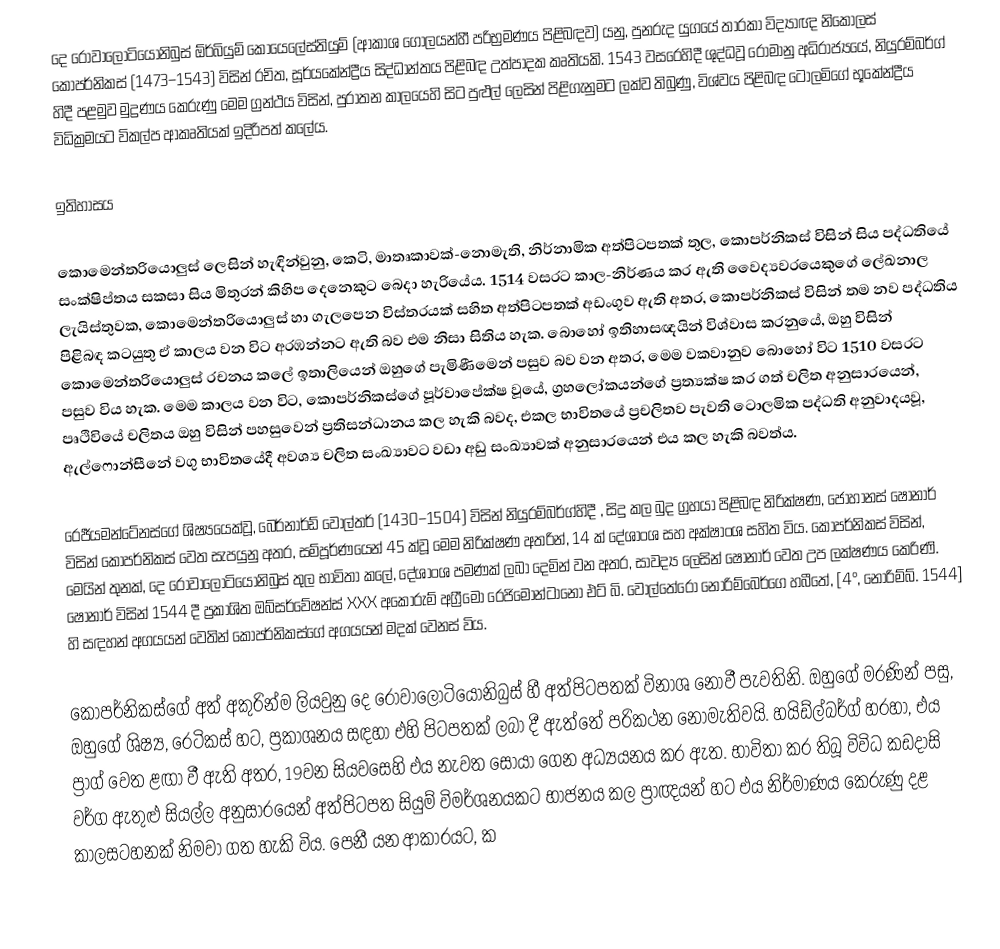
දෙ රොවාලොටියොනිබුස් ඕර්බියුම් කොයෙලේස්තියුම් (ආකාශ ගෝලයන්හී පරිභ්‍රමණය පිළිබඳව) යනු,  පුනරුද යුගයේ තාරකා විද්‍යාඥ නිකොලස් කොපර්නිකස් (1473–1543) විසින් රචිත, සූර්යකේන්ද්‍රීය සිද්ධාන්තය පිළිබඳ  උත්පාදක කෘතියකි. 1543 වසරෙහිදී ශුද්ධවූ රෝමානු  අධිරාජ්‍යයේ, නියුරම්බර්ග් හිදී  පළමුව මුද්‍රණය කෙරුණු මෙම ග්‍රන්ථය විසින්, පුරාතන කාලයෙහි සිට පුළුල් ලෙසින් පිළිගැනුමට ලක්ව තිබුණු, විශ්වය පිළිබඳ  ටොලමිගේ  භූකේන්ද්‍රීය විධික්‍රමයට විකල්ප ආකෘතියක් ඉදිරිපත් කලේය.

ඉතිහාසය

කොමෙන්තරියොලුස් ලෙසින් හැඳින්වුනු, කෙටි, මාතෘකාවක්-නොමැති, නිර්නාමික  අත්පිටපතක් තුල, කොපර්නිකස් විසින් සිය පද්ධතියේ සංක්ෂිප්තය සකසා සිය මිතුරන් කිහිප දෙනෙකුට බෙදා හැරියේය. 1514 වසරට කාල-නිර්ණය කර ඇති  වෛද්‍යවරයෙකුගේ ලේඛනාල ලැයිස්තුවක,  කොමෙන්තරියොලුස් හා ගැලපෙන විස්තරයක් සහිත අත්පිටපතක් අඩංගුව ඇති අතර, කොපර්නිකස් විසින් තම නව පද්ධතිය පිළිබඳ කටයුතු ඒ කාලය වන විට අරඹන්නට ඇති බව එම නිසා සිතිය හැක. බොහෝ ඉතිහාසඥයින් විශ්වාස කරනුයේ, ඔහු විසින්  කොමෙන්තරියොලුස්  රචනය කලේ ඉතාලියෙන් ඔහුගේ පැමිණීමෙන් පසුව බව වන අතර, මෙම වකවානුව බොහෝ විට  1510 වසරට පසුව විය හැක. මෙම කාලය වන විට, කොපර්නිකස්ගේ පූර්වාපේක්ෂ වූයේ,  ග්‍රහලෝකයන්ගේ  ප්‍රත්‍යක්ෂ කර ගත් චලිත අනුසාරයෙන්,  පෘථිවියේ චලිතය ඔහු විසින් පහසුවෙන් ප්‍රතිසන්ධානය කල හැකි බවද,  එකල භාවිතයේ ප්‍රචලිතව පැවති ටොලමික පද්ධති අනුවාදයවූ, ඇල්ෆොන්සීනේ වගු භාවිතයේදී අවශ්‍ය චලිත සංඛ්‍යාවට වඩා අඩු සංඛ්‍යාවක් අනුසාරයෙන් එය කල හැකි බවත්ය.

 රෙජීයමන්ටේනස්ගේ ශිෂ්‍යයෙක්වූ, බෙර්නාර්ඩ් වෝල්තර් (1430–1504) විසින් නියුරම්බර්ග්හිදී , සිදු කල බුද ග්‍රහයා පිළිබඳ නිරික්ෂණ,  ජොහානස් ෂොනාර් විසින් කොපර්නිකස් වෙත සැපයුනු අතර, සම්පූර්ණයෙන් 45 ක්වූ මෙම නිරික්ෂණ අතරින්, 14 ක් දේශාංශ සහ අක්ෂාංශ සහිත විය.  කොපර්නිකස් විසින්, මෙයින් තුනක්,   දෙ රොවාලොටියොනිබුස්  තුල භාවිතා කලේ, දේශාංශ පමණක් ලබා දෙමින් වන අතර, සාවද්‍ය ලෙසින්  ෂොනාර් වෙත උප ලක්ෂණය කෙරිණි. ෂොනාර් විසින් 1544 දී ප්‍රකාශිත ඔබ්සර්වේෂන්ස්  XXX අකොරුම් අග්‍රීමෝ රෙජිමොන්ටානො  එට් බි. වොල්තේරො නොරිම්බෙර්ගෙ හබීතේ, [4°, නෝරිම්බ්. 1544] හි සඳහන් අගයයන් වෙතින් කොපර්නිකස්ගේ අගයයන් මදක් වෙනස් විය.

කොපර්නිකස්ගේ අත් අකුරින්ම ලියවුනු දෙ රොවාලොටියොනිබුස්  හී අත්පිටපතක් විනාශ නොවී පැවතිනි. ඔහුගේ මරණින් පසු, ඔහුගේ ශිෂ්‍ය,  රෙටිකස් හට, ප්‍රකාශනය සඳහා එහි පිටපතක් ලබා දී ඇත්තේ පරිකථන නොමැතිවයි. හයිඩ්ල්බර්ග් හරහා, එය ප්‍රාග් වෙත ළඟා වී ඇති අතර, 19වන සියවසෙහි එය නැවත සොයා ගෙන අධ්‍යයනය කර ඇත. භාවිතා කර තිබූ විවිධ කඩදාසි වර්ග ඇතුළු සියල්ල අනුසාරයෙන් අත්පිටපත සියුම් විමර්ශනයකට භාජනය කල ප්‍රාඥයන් හට එය නිර්මාණය කෙරුණු දළ කාලසටහනක් නිමවා ගත හැකි විය. පෙනී යන ආකාරයට, ක